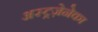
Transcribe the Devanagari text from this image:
अस्ट्रज़ेनेका